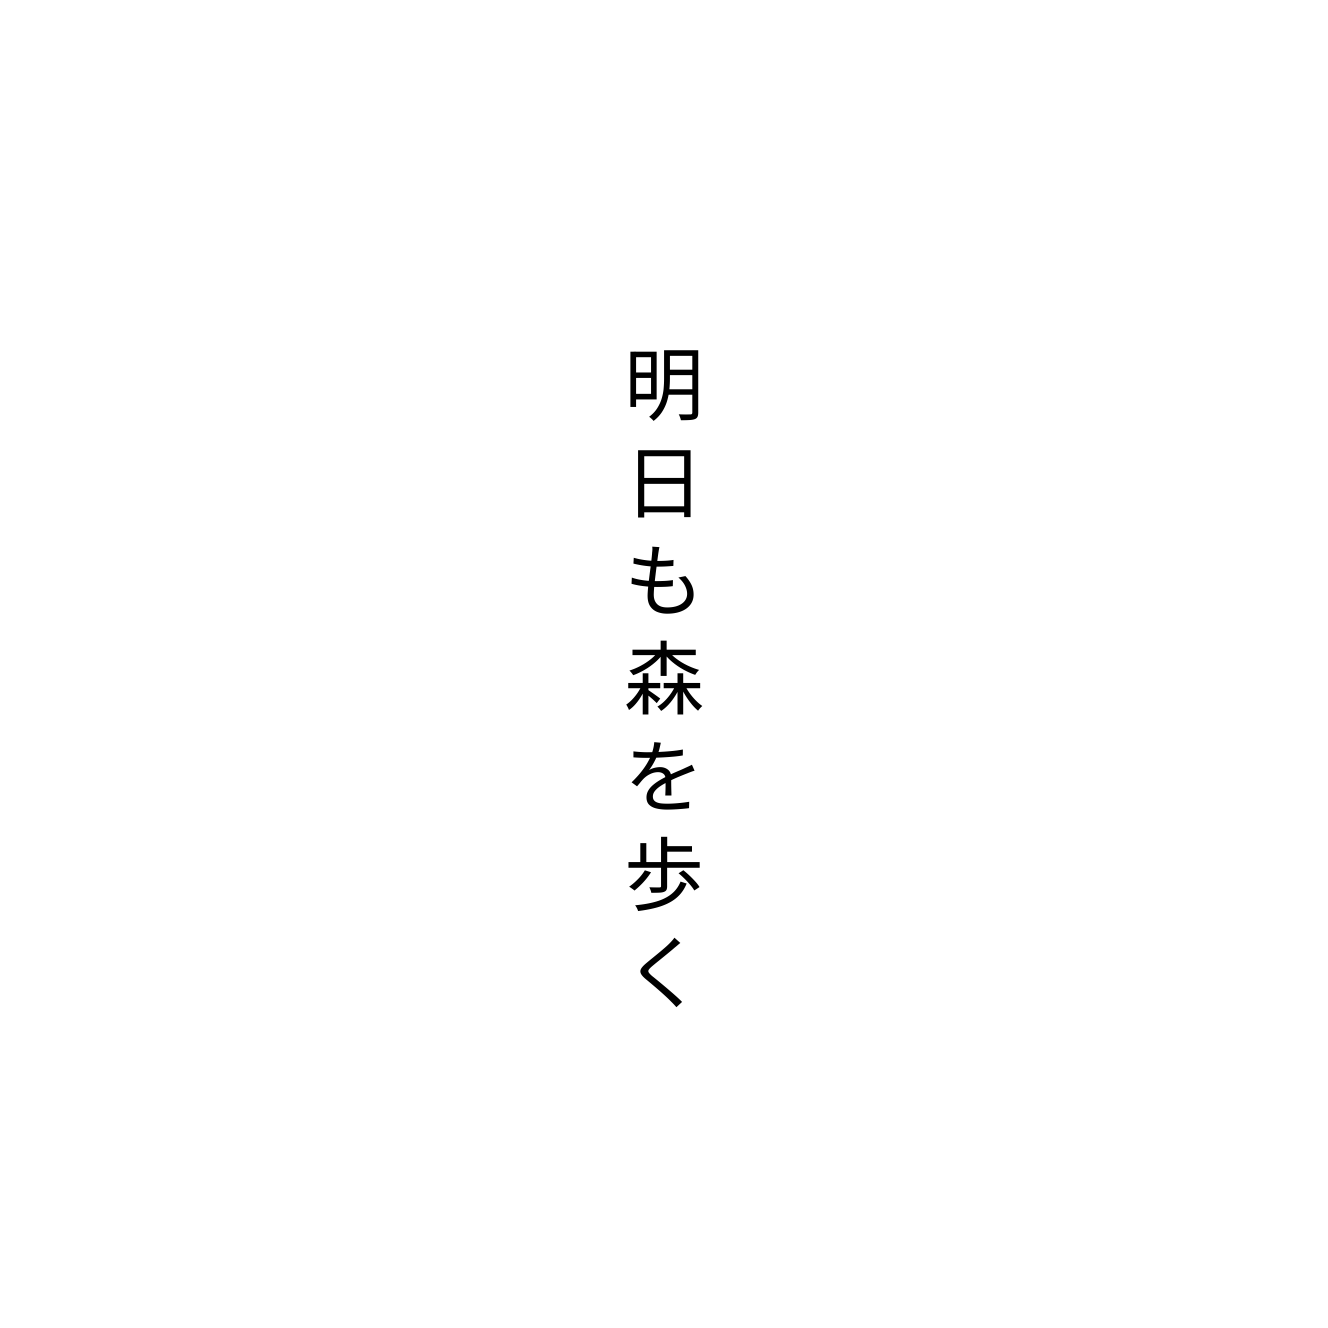
明日も森を歩く